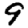
Digit: 9